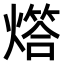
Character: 𤏧